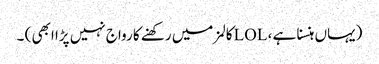
(یہاں ہنسنا ہے ، LOLکالمز میں رکھنے کا رواج نہیں پڑا ابھی ) ۔